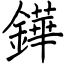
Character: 鏵